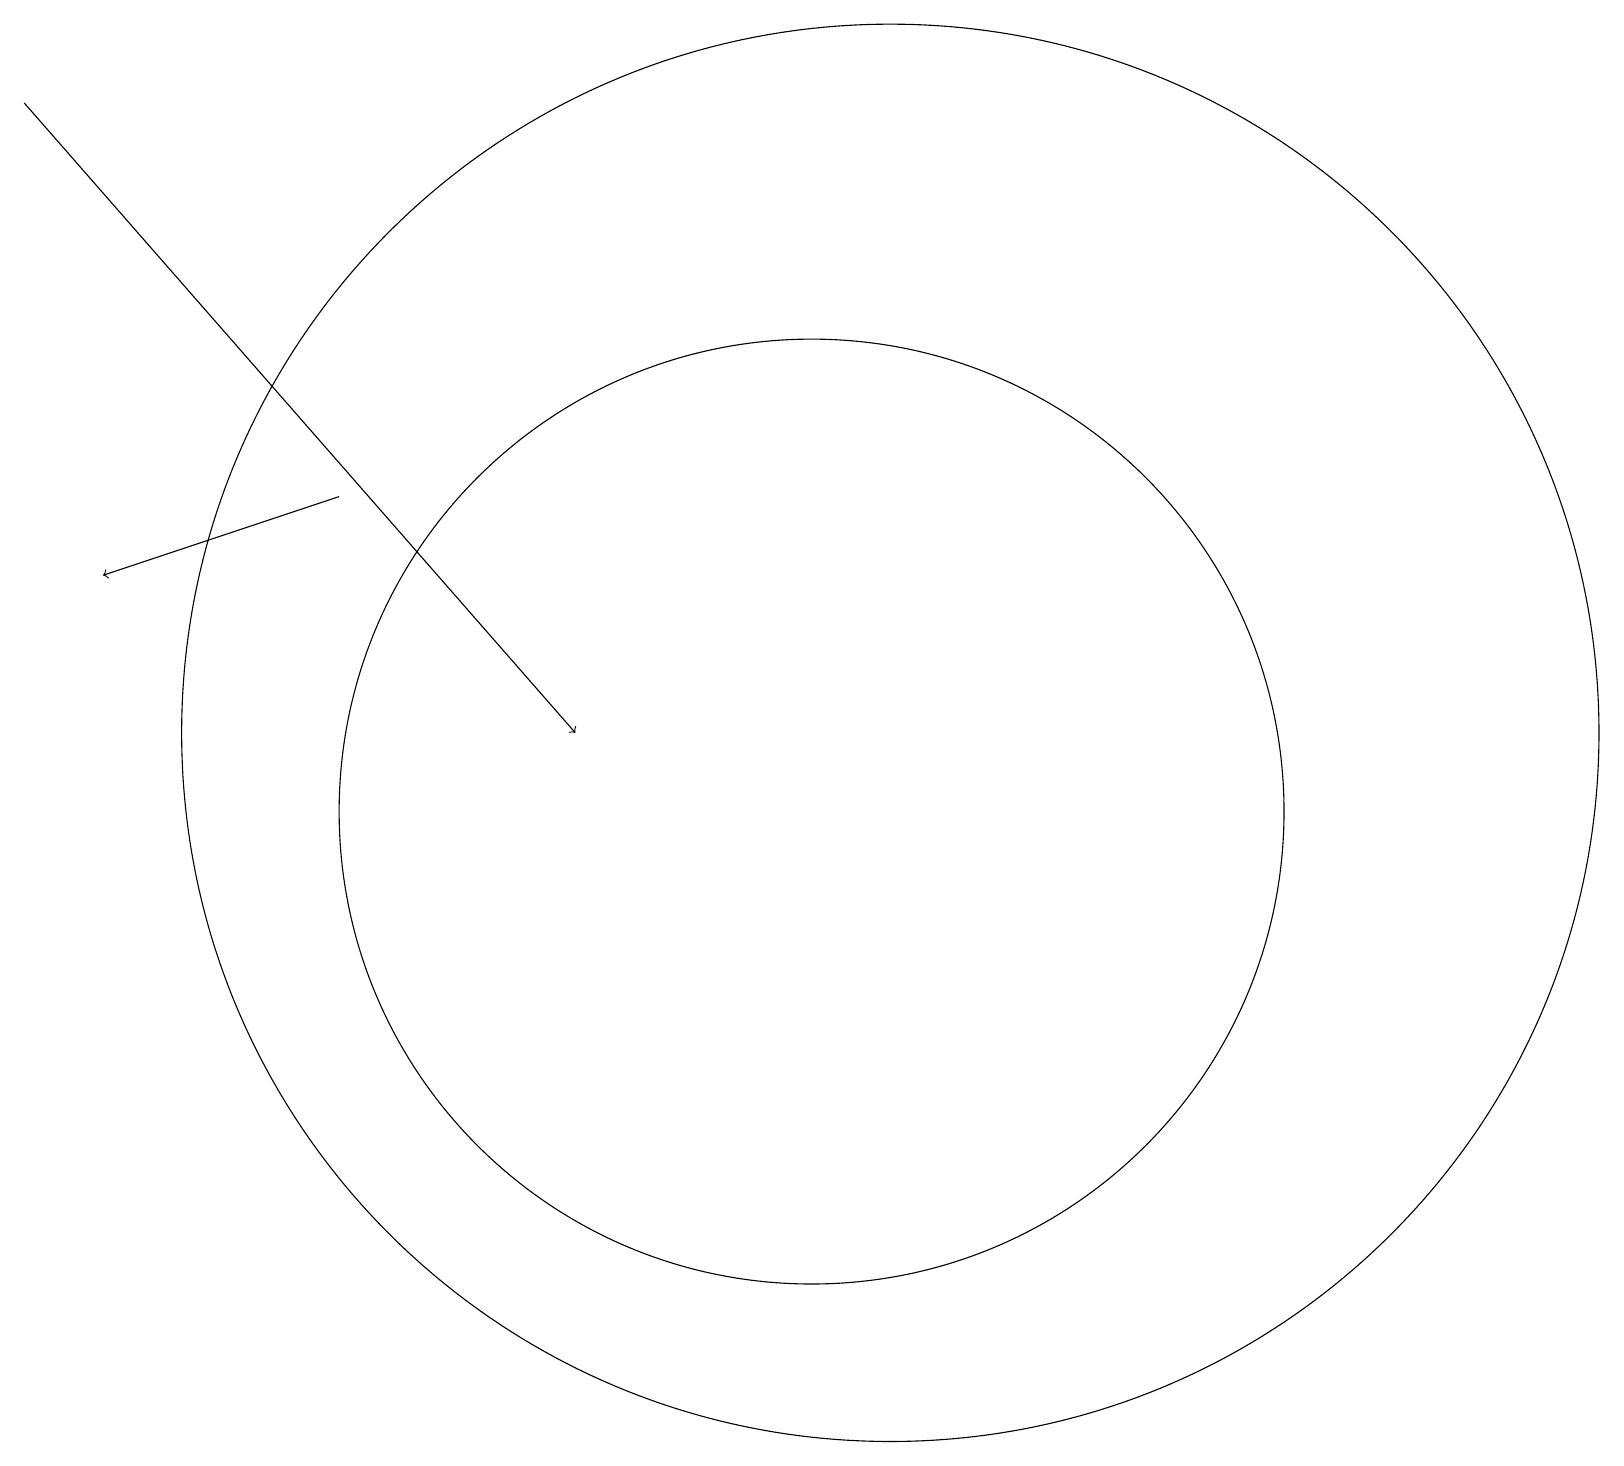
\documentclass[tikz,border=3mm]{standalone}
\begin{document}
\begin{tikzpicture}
\draw (11,11) circle (9);
\draw[->] (4,14) -- (1,13);
\draw (10,10) circle (6);
\draw[->] (0,19) -- (7,11);
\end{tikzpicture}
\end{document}